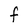
Character: F